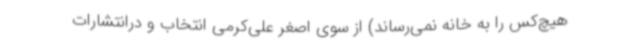
هیچ‌کس را به خانه نمی‌رساند) از سوی اصغر علی‌کرمی انتخاب و درانتشارات